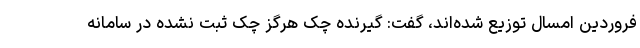
فروردین امسال توزیع شده‌اند، گفت: گیرنده چک هرگز چک ثبت نشده در سامانه